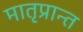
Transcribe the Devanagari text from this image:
मातृप्रान्त